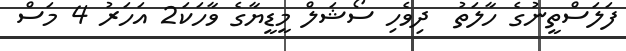
ފަލަސްތީނުގެ ހާލަތު  ދިވެހި ސޯޝަލް މީޑީޔާގެ ވާހަކަ2 އަހަރު 4 މަސް